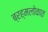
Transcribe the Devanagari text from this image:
ब्रह्मलोकात